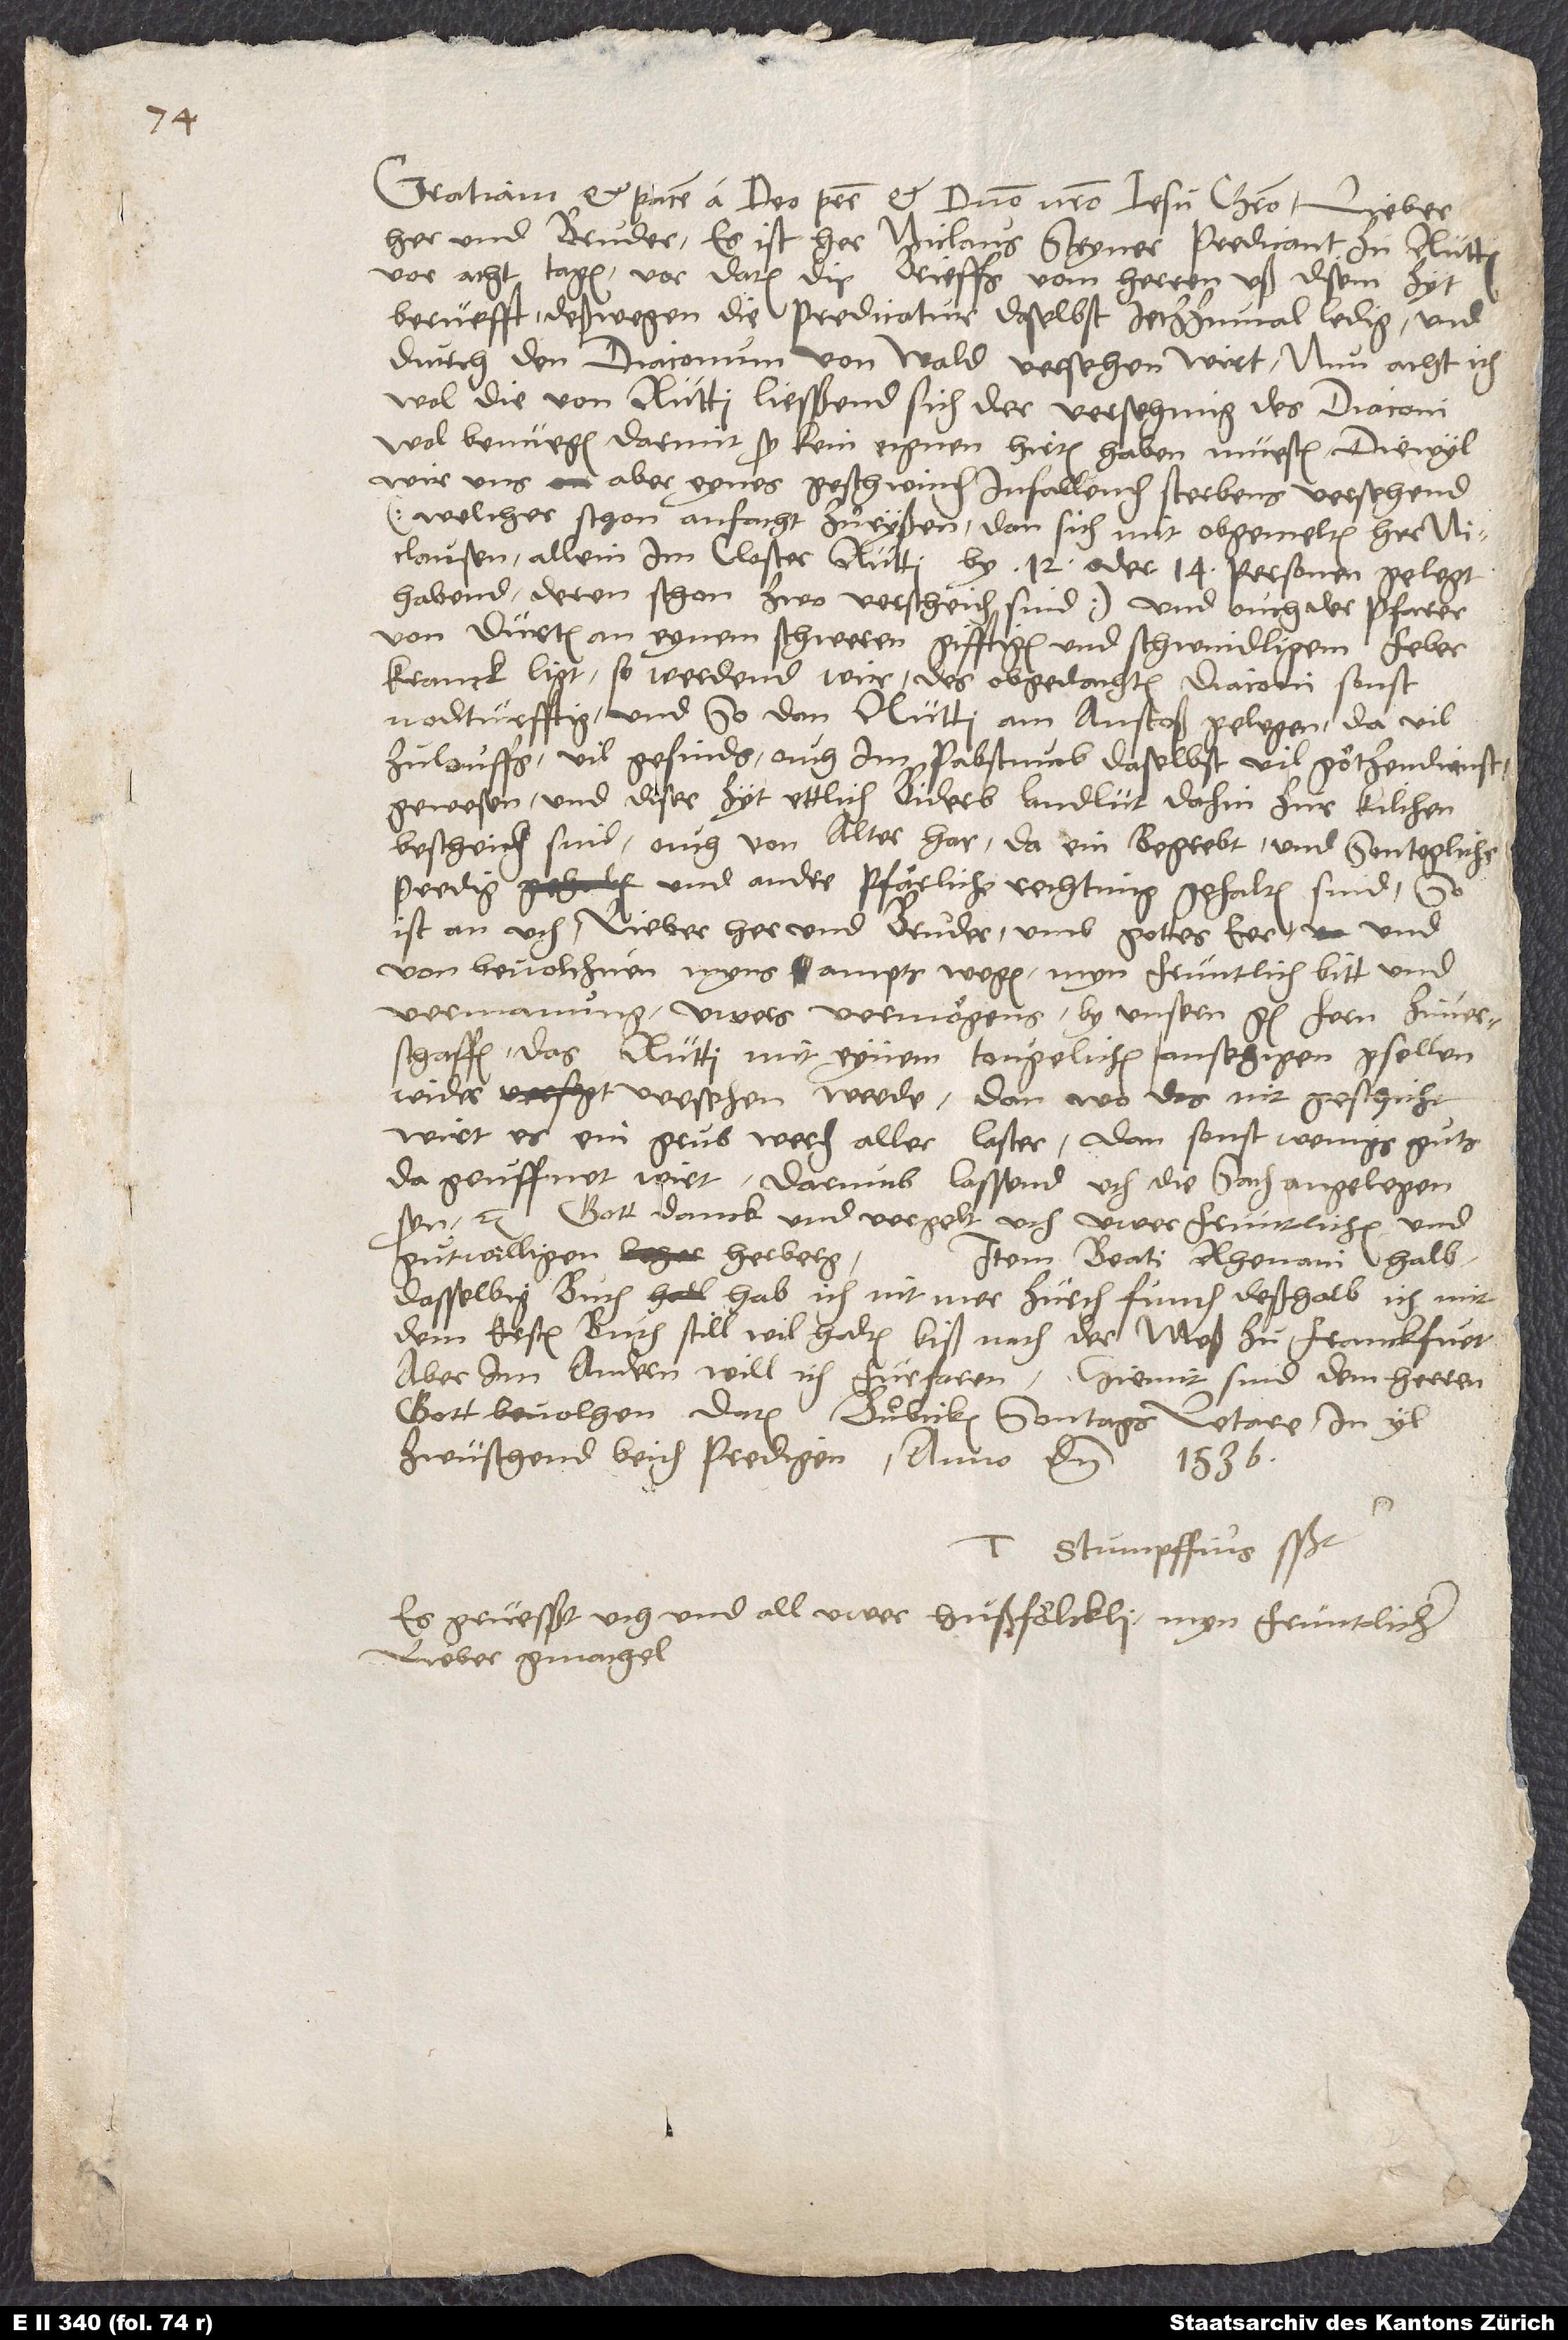
Gratiam et pacem a deo patre et domino nostro Iesu Christo. Lieber
her und bruder, es ist her Niclaus Steyner, predicant zu Rütti,
vor acht tagen vor datum dis brieffs vom herren uß disem zyt
berüefft, deßwegen die predicatur daselbst jetzzumal ledig und
durch den diaconum von Wald versehen wirt. Nun acht ich
wol, die von Rütti liesßend sich der versehung des diaconi
wol benüegen, darmit sy kein eignen hirten haben müesten. Diewyl
wir uns aber eynes geschwinden infallenden sterbens versehend
(welcher schon anfacht zuͦryßen, dan sich mit obgemeltem her
Niclausen allein im closter Rütti by 12 oder 14 personen gelegt
habend, deren schon zwo verscheiden sind) und ouch der pfarer
von Dürten an eynem schweren, gifftigen und schwindligem feber
kranck ligt, so werdend wir des obgedachten diaconi sonst
nodtürfftig, und so dan Rütti am anstoss gelegen, da vil
zulouffs, vil gesinds, ouch im pabstumb daselbst vil götzendienst
gewesen, und diser zyt ettlich biderb landlüt dahin zur kilchen
bescheiden sind, ouch von alter har da ein begrebt und sontegliche
predig und andre pfärliche rechtung gehalten sind, so
ist an uch, lieber her und bruder, umb gottes eer und
von bevolchnen myns ampts wegen myn früntlich bitt und
vermanung, uwers vermögens by unsern g hem zuverschaffen,
das Rütti mit eynem tougelichen, ansehigen gsellen
wider versehen werde. Dan wo das nit geschicht,
wirt es ein grub werden aller laster, dan sonst wenigs guts
da geuffnet wirt. Darumb lassend üch die sach angelegen
syn etc. Gott danck und vergelt üch üwer früntlichen und
guͦtwilligen herberg.
Item Beati Rhenani halb:
Dasselbig buch hab ich nit mer Zürch funden; deßhalb ich mit
dem ersten buch still will halten biß nach der meß zuͦ Franckfurt,
aber inn andern will ich fürfaren. Hiemit sind dem herren
gott bevolhen. Datum Buͦbicken, sontags letare, in yl
zwüschend beiden predigen, anno domini 1536.
Es grüesßt üch und all uwer hußfölckli myn früntlicher,
lieber gmachel.